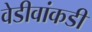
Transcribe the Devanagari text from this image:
वेडीवांकडी